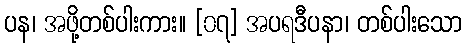
ပန၊ အဖို့တစ်ပါးကား။ [၀၇] အပရဒီပနာ၊ တစ်ပါးသော